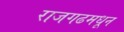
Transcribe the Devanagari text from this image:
राजगढमधून